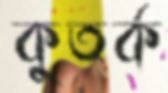
কুতর্ক